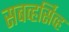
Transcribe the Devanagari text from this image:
सबव्हर्सिव्ह